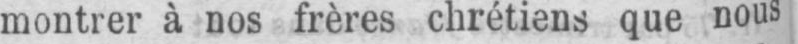
montrer à nos frères chrétiens que nous